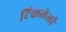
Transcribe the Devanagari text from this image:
टिकलेली